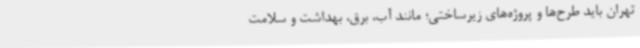
تهران باید طرح‌ها و پروژه‌های زیرساختی؛ مانند آب، برق، بهداشت و سلامت